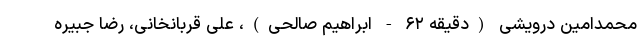
محمدامین درویشی (دقیقه ۶۲ - ابراهیم صالحی)، علی قربانخانی، رضا جبیره